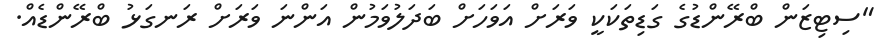
"ސިޓިޒަން ބްރޭންޑުގެ ގަޑިތަކަކީ ވަރަށް އަވަހަށް ބަދަލުވަމުން އަންނަ ވަރަށް ރަނގަޅު ބްރޭންޑެއް.